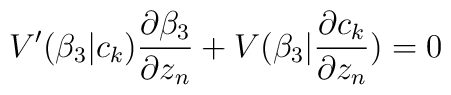
V'(\beta_3|c_k)\frac{\partial\beta_3 }{\partial z_n} +V(\beta_3|\frac{\partial c_k}{\partial z_n})=0